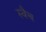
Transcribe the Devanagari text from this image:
स्वैच